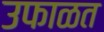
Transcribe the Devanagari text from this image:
उफाळत